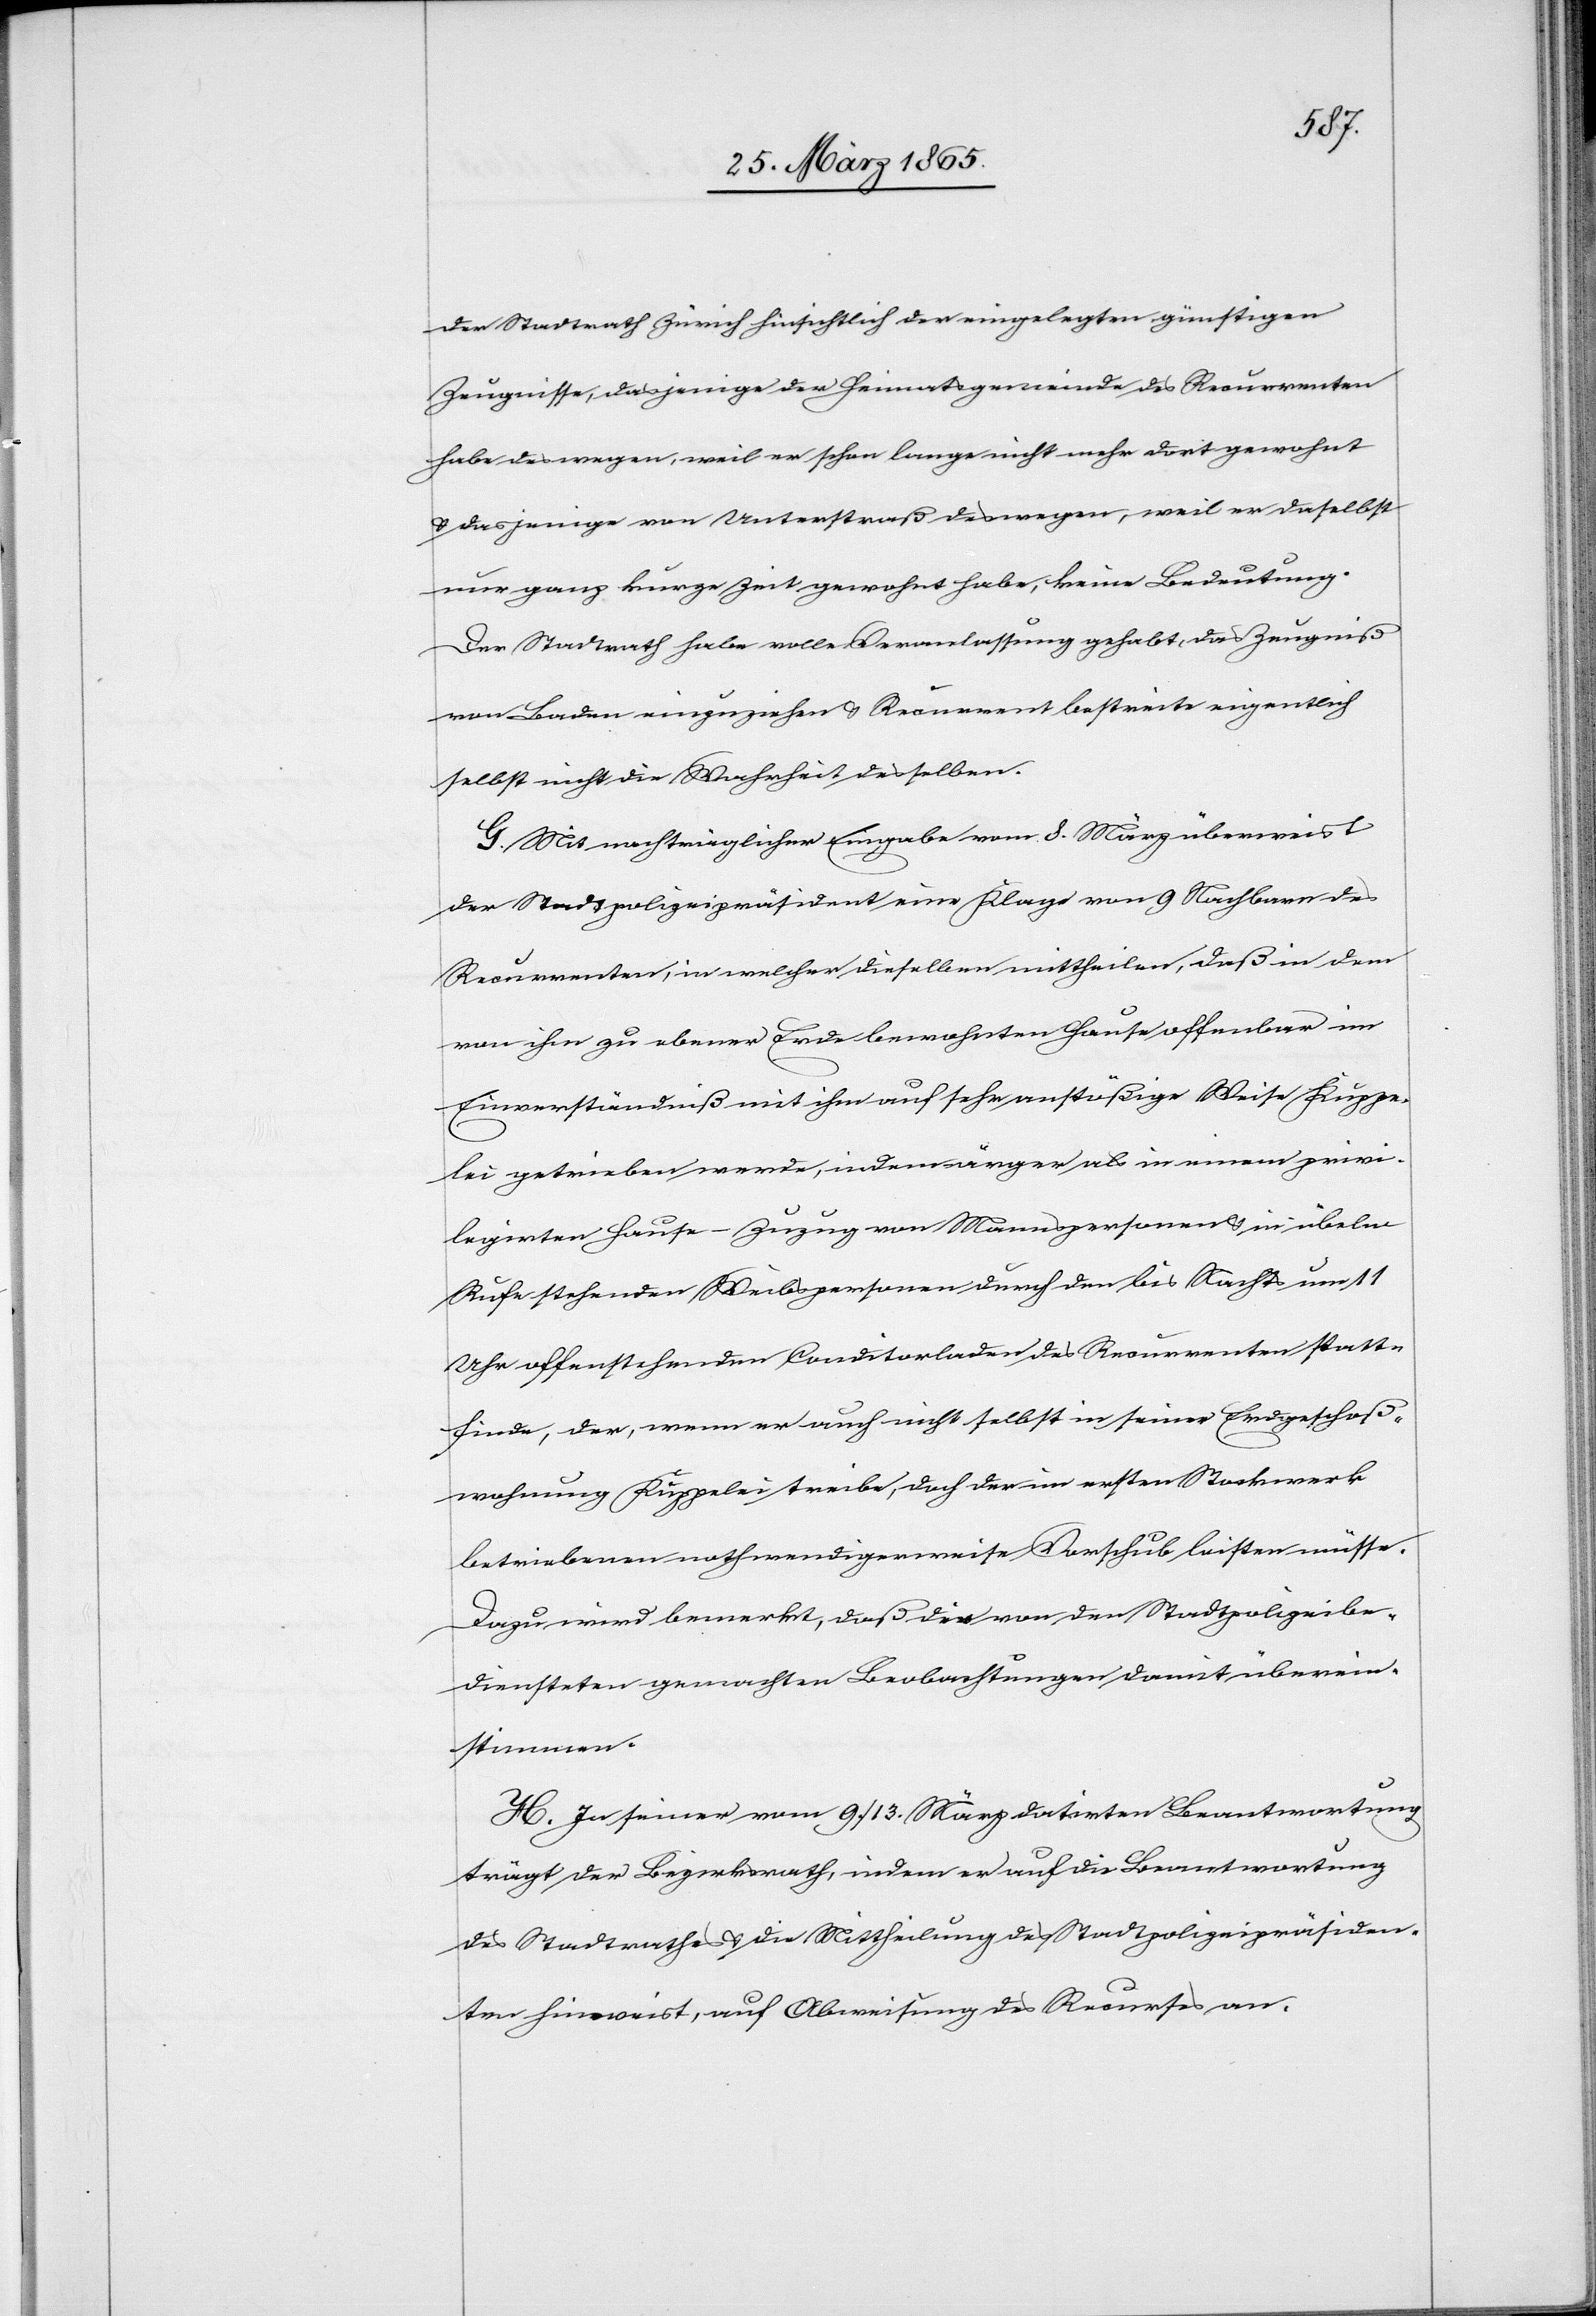
der Stadtrath Zürich hinsichtlich der eingelegten günstigen
Zeugnisse, dasjenige der Heimatsgemeinde des Recurrenten
habe deswegen, weil er schon lange nicht mehr dort gewohnt
& dasjenige von Unterstraß deswegen, weil er daselbst
nur ganz kurze Zeit gewohnt habe, keine Bedeutung.
Der Stadtrath habe volle Veranlassung gehabt, das Zeugniß
von Baden einzuziehen & Recurrent bestreite eigentlich
selbst nicht die Wahrheit desselben.
G. Mit nachträglicher Eingabe vom 8. März überweist
der Stadtpolizeipräsident eine Klage von 9 Nachbarn des
Recurrenten, in welcher dieselben mittheilen, daß in dem
von ihm zu ebener Erde bewohnten Hause offenbar im
Einverständniß mit ihm auf sehr anstößige Weise Kuppe¬
lei getrieben werde, indem ärger als in einem privi¬
legirten Hause – Zuzug von Mannspersonen & in übeln
Rufe stehenden Weibspersonen durch den bis Nachts um 11
Uhr offenstehenden Conditorladen des Recurrenten statt¬
finde, der, wenn er auch nicht selbst in seiner Erdgeschoß¬
wohnung Kuppelei treibe, doch der im ersten Stockwerk
betriebenen nothwendigerweise Vorschub leisten müsse.
Dazu wird bemerkt, daß die von den Stadtpolizeibe¬
diensteten gemachten Beobachtungen damit überein¬
stimmen.
H. In seiner vom 9./13. März datirten Beantwortung
trägt der Bezirksrath, indem er auf die Beantwortung
des Stadtrathes & die Mittheilung des Stadtpolizeipräsiden¬
ten hinweist, auf Abweisung des Recurses an.